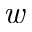
\emph { w }